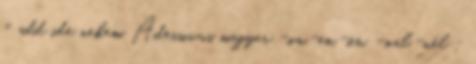
= add ide nekem Adessivus magyar -on,-en,-ön, -nál,-nél :